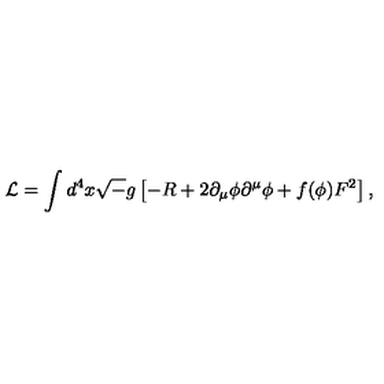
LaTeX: { \cal L } = \int d ^ { 4 } x { \sqrt - g } \left[ - R + 2 \partial _ { \mu } \phi \partial ^ { \mu } \phi + f ( \phi ) F ^ { 2 } \right] ,